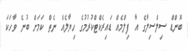
ބޮންޑް ސިލްސިލާގެ އާ ފިލްމެއް ޑައިރެކްޓްކުރުމުގެ ހިޔާލެއް ނެތް ކަމަށް ބުނެ ވާހަކަ